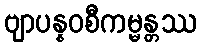
ဗျာပန္နဝစီကမ္မန္တဿ